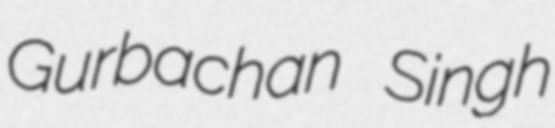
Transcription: Gurbachan Singh